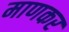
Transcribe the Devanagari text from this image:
माणकर